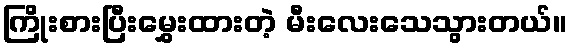
ကြိုးစားပြီးမွှေးထားတဲ့ မီးလေးသေသွားတယ်။